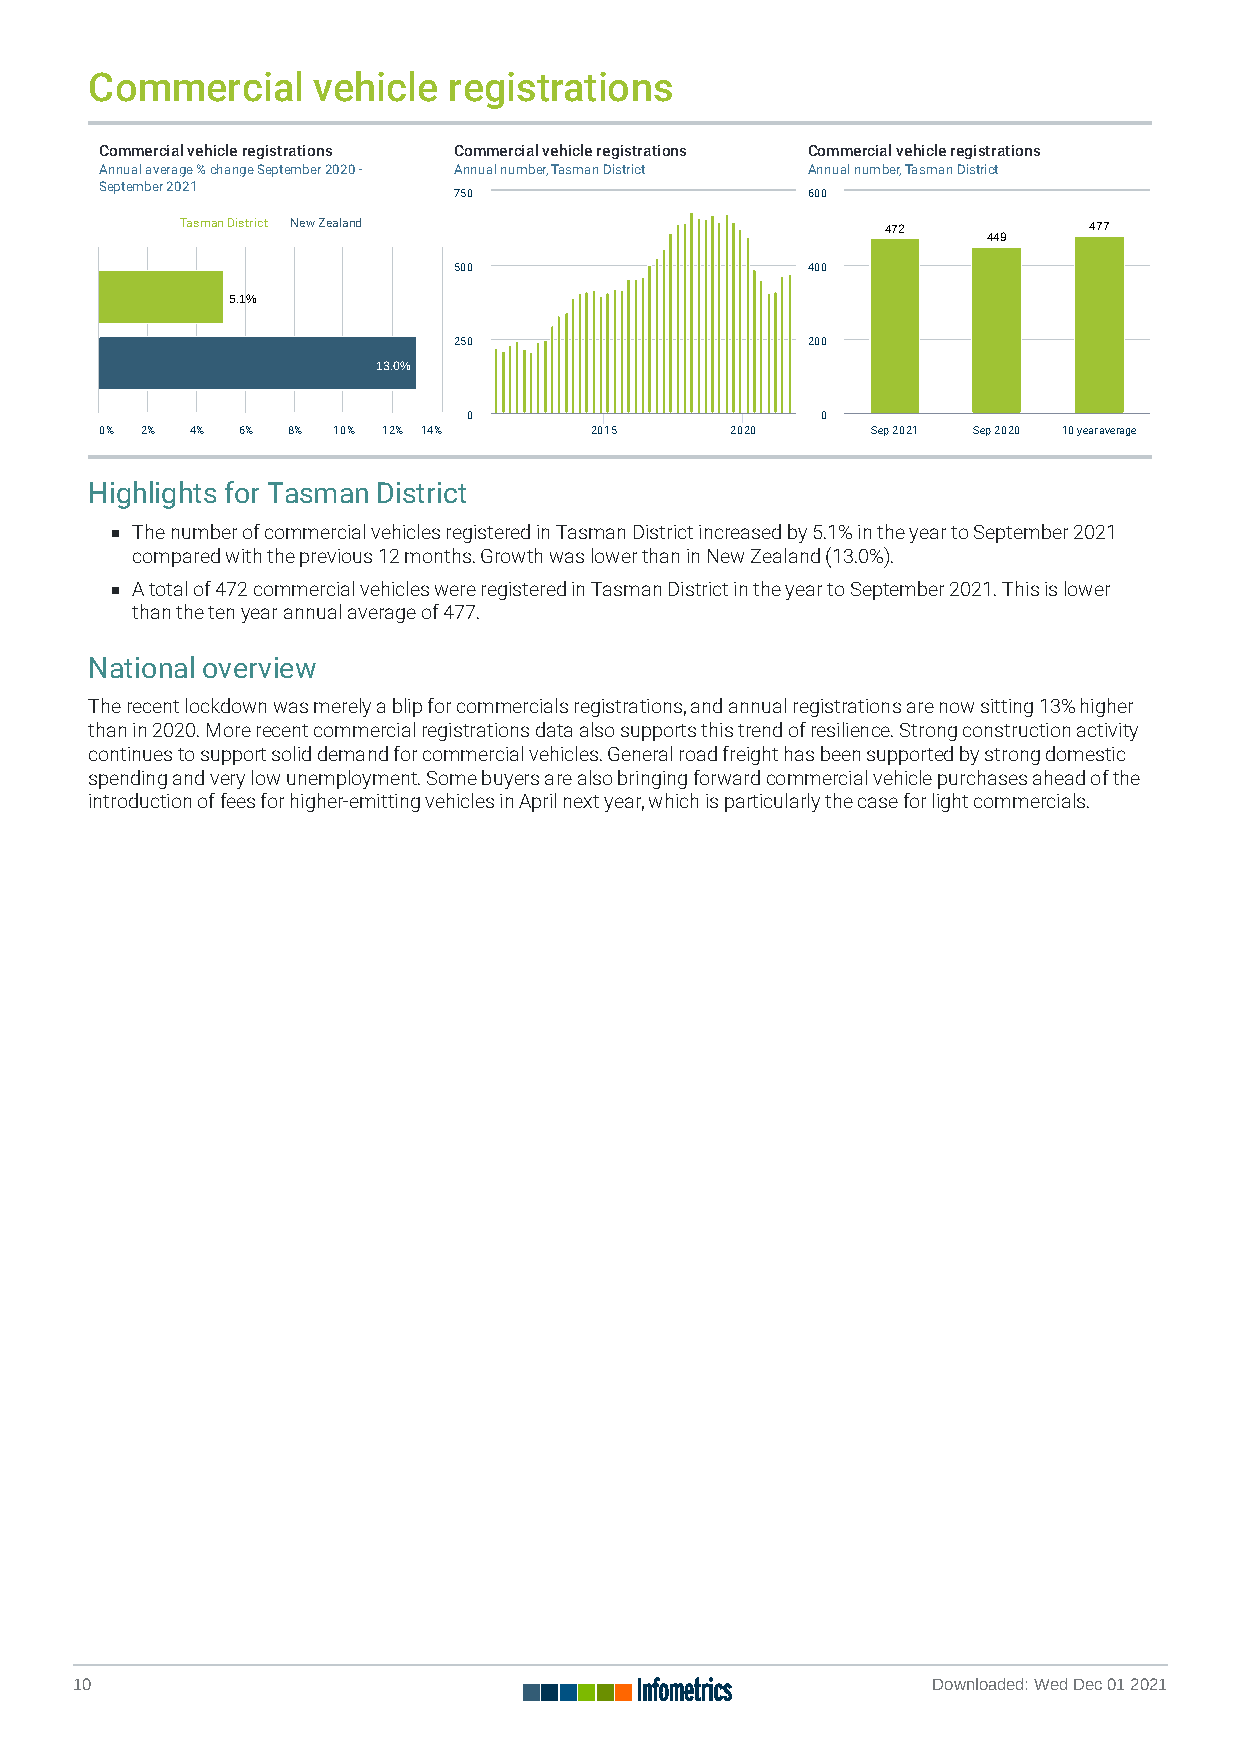
Commercial     vehicle  registrations
 Commercial vehicle registrations Commercial vehicle registrations Commercial vehicle registrations
 Annual average % change September 2020 - Annual number, Tasman District Annual number, Tasman District
 September 2021
 750                    600
 Tasman District New Zealand                    4 47722      4 47777
 4 44499
 500                    400
 5 5..11%%
 250                    200
 1 133..00%%
 0                      0
 0% 2% 4% 6% 8% 10% 12% 14%      2015     2020      Sep 2021 Sep 2020 10 year average
 Highlights for Tasman District
 The number of commercial vehicles registered in Tasman District increased by 5.1% in the year to September 2021
 compared with the previous 12 months. Growth was lower than in New Zealand (13.0%).
 A total of 472 commercial vehicles were registered in Tasman District in the year to September 2021. This is lower
 than the ten year annual average of 477.
 National overview
 The recent lockdown was merely a blip for commercials registrations, and annual registrations are now sitting 13% higher
 than in 2020. More recent commercial registrations data also supports this trend of resilience. Strong construction activity
 continues to support solid demand for commercial vehicles. General road freight has been supported by strong domestic
 spending and very low unemployment. Some buyers are also bringing forward commercial vehicle purchases ahead of the
 introduction of fees for higher-emitting vehicles in April next year, which is particularly the case for light commercials.
 10                                                       Downloaded: Wed Dec 01 2021